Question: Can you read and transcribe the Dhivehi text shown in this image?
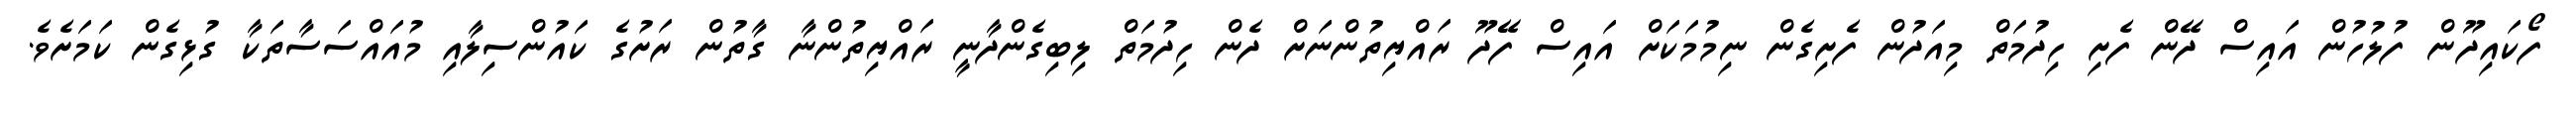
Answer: ފޯކައިދޫން ފުލުހުން އައިސް ދޭން ފެށި ހިދުމަތް މިއަދުން ފެށިގެން ނިމުމަކަށް އައިސް ފޭދޫ ރައްޔިތުންނަށް ދެން ހިދުމަތް ލިބިގެންދާނީ ރައްޔިތުންނާ ގާތުން ރަށުގެ ކައުންސިލާއި މުއައްސަސާތަކާ ގުޅިގެން ކަމަށެވެ.